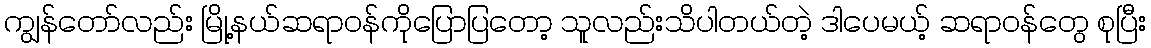
ကျွန်တော်လည်း မြို့နယ်ဆရာဝန်ကိုပြောပြတော့ သူလည်းသိပါတယ်တဲ့ ဒါပေမယ့် ဆရာဝန်တွေ စုပြီး